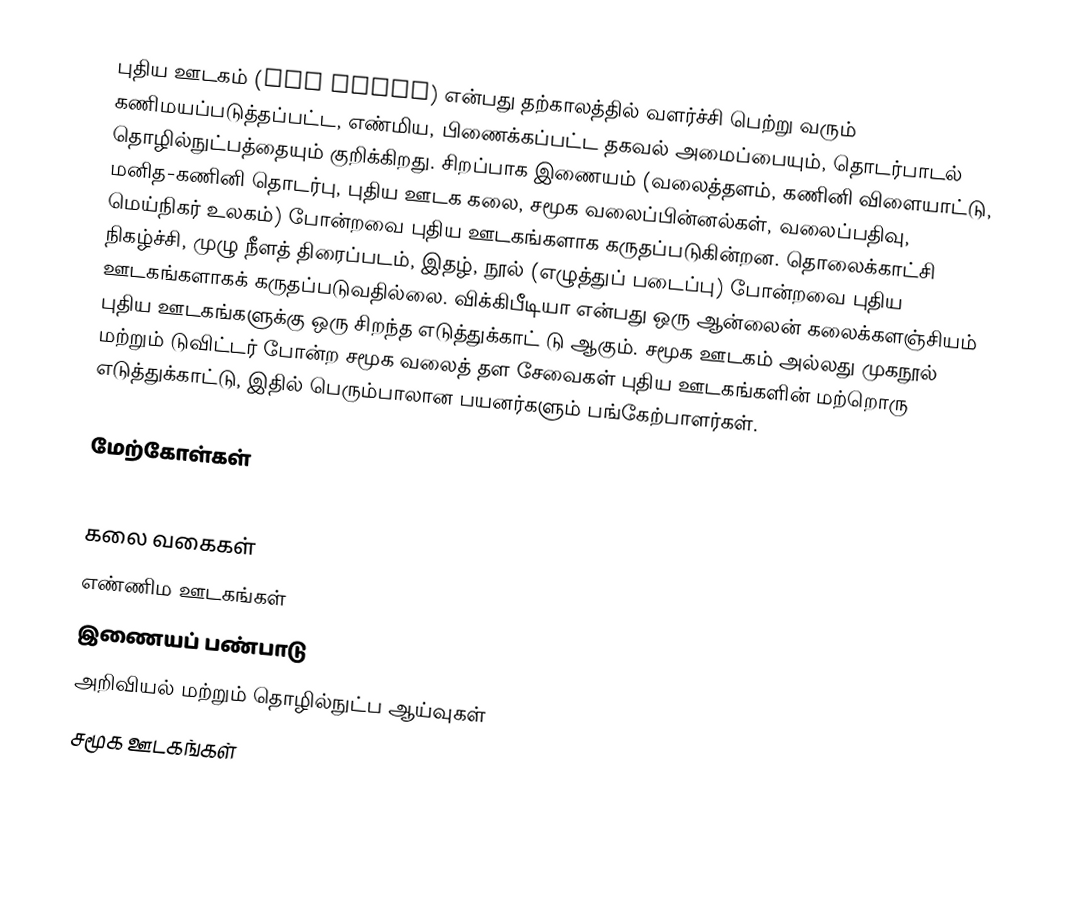
புதிய ஊடகம் (New media) என்பது தற்காலத்தில் வளர்ச்சி பெற்று வரும் கணிமயப்படுத்தப்பட்ட, எண்மிய, பிணைக்கப்பட்ட தகவல் அமைப்பையும், தொடர்பாடல் தொழில்நுட்பத்தையும் குறிக்கிறது. சிறப்பாக இணையம் (வலைத்தளம், கணினி விளையாட்டு, மனித-கணினி தொடர்பு, புதிய ஊடக கலை, சமூக வலைப்பின்னல்கள், வலைப்பதிவு, மெய்நிகர் உலகம்) போன்றவை புதிய ஊடகங்களாக கருதப்படுகின்றன. தொலைக்காட்சி நிகழ்ச்சி, முழு நீளத் திரைப்படம், இதழ், நூல் (எழுத்துப் படைப்பு)  போன்றவை புதிய ஊடகங்களாகக் கருதப்படுவதில்லை. விக்கிபீடியா என்பது ஒரு ஆன்லைன் கலைக்களஞ்சியம் புதிய ஊடகங்களுக்கு ஒரு சிறந்த எடுத்துக்காட் டு ஆகும். சமூக ஊடகம் அல்லது முகநூல் மற்றும் டுவிட்டர் போன்ற சமூக வலைத் தள சேவைகள் புதிய ஊடகங்களின் மற்றொரு எடுத்துக்காட்டு, இதில் பெரும்பாலான பயனர்களும் பங்கேற்பாளர்கள்.

மேற்கோள்கள்

கலை வகைகள்
எண்ணிம ஊடகங்கள்
இணையப் பண்பாடு
அறிவியல் மற்றும் தொழில்நுட்ப ஆய்வுகள்
சமூக ஊடகங்கள்